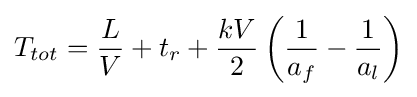
T_{tot}={\frac {L}{V}}+t_{r}+{\frac {kV}{2}}\left({\frac {1}{a_{f}}}-{\frac {1}{a_{l}}}\right)